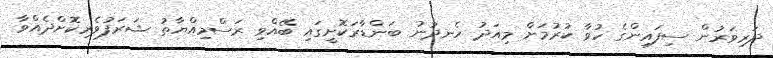
ދަރިވަރުން ސިފައިންގެ ހުވާ ކުރުމަށް މިއަދު ހެނދުނު ބަންޑާރަކޮށީގައި ބޭއްވި ރަސްމިއްޔާތު ޝަރަފުވެރިކޮށްދެއްވާ